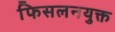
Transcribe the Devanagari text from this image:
फिसलनयुक्त